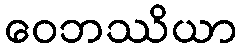
ဝေဘဿိယာ